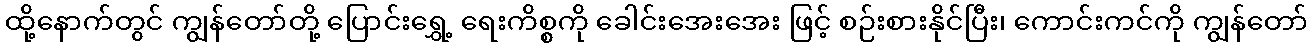
ထို့နောက်တွင် ကျွန်တော်တို့ ပြောင်းရွှေ့ ရေးကိစ္စကို ခေါင်းအေးအေး ဖြင့် စဉ်းစားနိုင်ပြီး၊ ကောင်းကင်ကို ကျွန်တော်